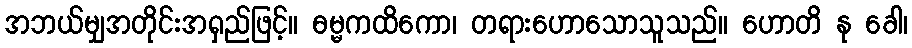
အဘယ်မျှအတိုင်းအရှည်ဖြင့်။ ဓမ္မကထိကော၊ တရားဟောသောသူသည်။ ဟောတိ နု ခေါ၊